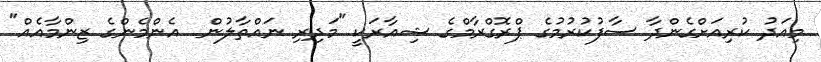
މިއަދު ކުރިއަށްގެންދާ ސާފުކުރުމުގެ ޕްރޮގްރާމްގެ ޝިއާރަކީ "މަދިރި ނައްތާލުން  އެންމެންގެ ޒިންމާއެއް"